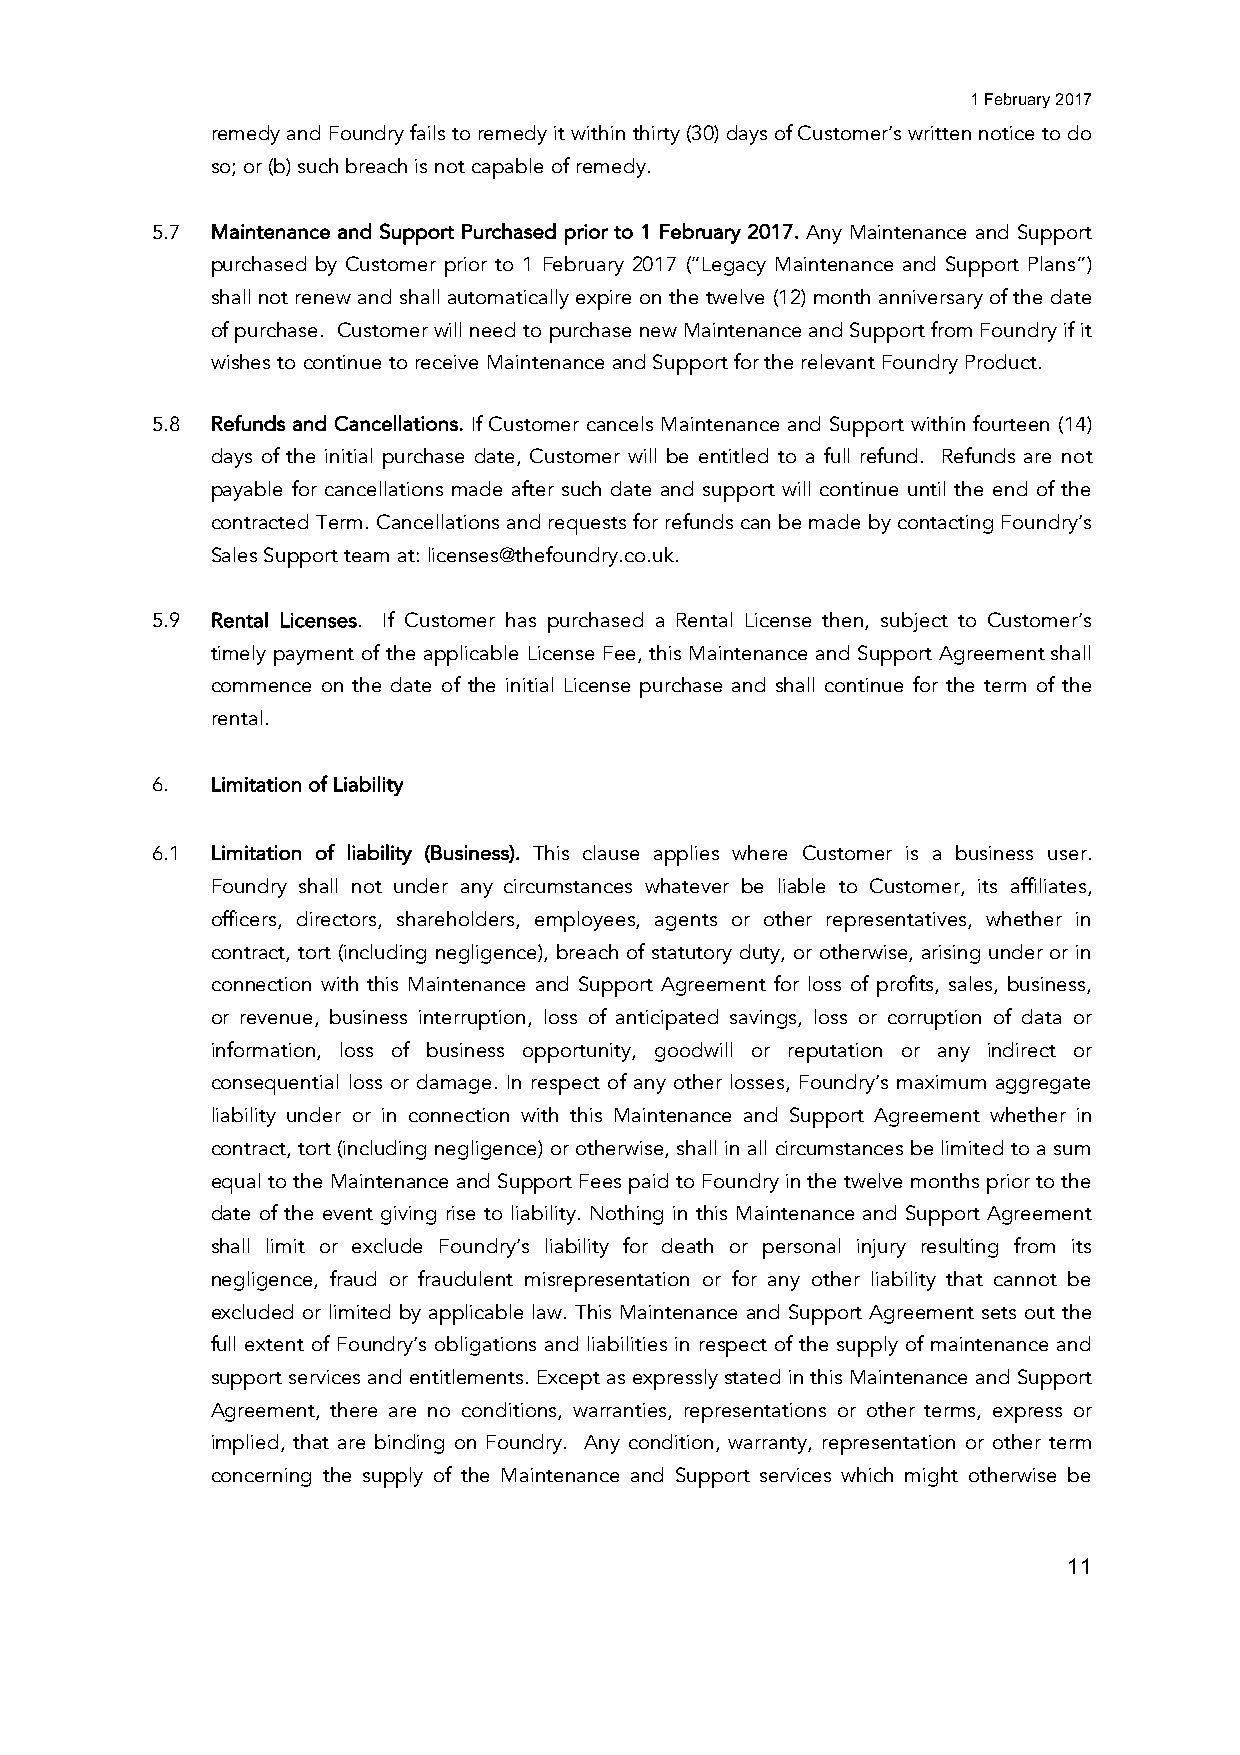
1 February 2017
 remedy and Foundry fails to remedy it within thirty (30) days of Customer’s written notice to do
 so; or (b) such breach is not capable of remedy.
 5.7 Maintenance and Support Purchased prior to 1 February 2017. Any Maintenance and Support
 purchased by Customer prior to 1 February 2017 (“Legacy Maintenance and Support Plans”)
 shall not renew and shall automatically expire on the twelve (12) month anniversary of the date
 of purchase. Customer will need to purchase new Maintenance and Support from Foundry if it
 wishes to continue to receive Maintenance and Support for the relevant Foundry Product.
 5.8 Refunds and Cancellations. If Customer cancels Maintenance and Support within fourteen (14)
 days of the initial purchase date, Customer will be entitled to a full refund. Refunds are not
 payable for cancellations made after such date and support will continue until the end of the
 contracted Term. Cancellations and requests for refunds can be made by contacting Foundry’s
 Sales Support team at: licenses@thefoundry.co.uk.
 5.9 Rental Licenses. If Customer has purchased a Rental License then, subject to Customer’s
 timely payment of the applicable License Fee, this Maintenance and Support Agreement shall
 commence on the date of the initial License purchase and shall continue for the term of the
 rental.
 6.  Limitation of Liability
 6.1 Limitation of liability (Business). This clause applies where Customer is a business user.
 Foundry shall not under any circumstances whatever be liable to Customer, its affiliates,
 officers, directors, shareholders, employees, agents or other representatives, whether in
 contract, tort (including negligence), breach of statutory duty, or otherwise, arising under or in
 connection with this Maintenance and Support Agreement for loss of profits, sales, business,
 or revenue, business interruption, loss of anticipated savings, loss or corruption of data or
 information, loss of business opportunity, goodwill or reputation or any indirect or
 consequential loss or damage. In respect of any other losses, Foundry’s maximum aggregate
 liability under or in connection with this Maintenance and Support Agreement whether in
 contract, tort (including negligence) or otherwise, shall in all circumstances be limited to a sum
 equal to the Maintenance and Support Fees paid to Foundry in the twelve months prior to the
 date of the event giving rise to liability. Nothing in this Maintenance and Support Agreement
 shall limit or exclude Foundry’s liability for death or personal injury resulting from its
 negligence, fraud or fraudulent misrepresentation or for any other liability that cannot be
 excluded or limited by applicable law. This Maintenance and Support Agreement sets out the
 full extent of Foundry’s obligations and liabilities in respect of the supply of maintenance and
 support services and entitlements. Except as expressly stated in this Maintenance and Support
 Agreement, there are no conditions, warranties, representations or other terms, express or
 implied, that are binding on Foundry. Any condition, warranty, representation or other term
 concerning the supply of the Maintenance and Support services which might otherwise be
 11